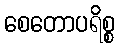
စေတောပရိစ္စ